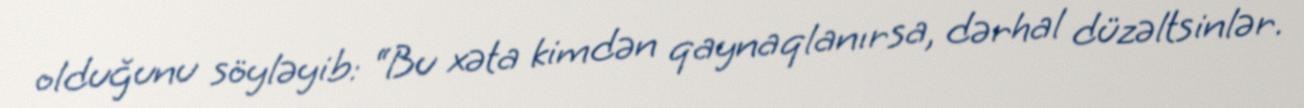
olduğunu söyləyib: “Bu xəta kimdən qaynaqlanırsa, dərhal düzəltsinlər.